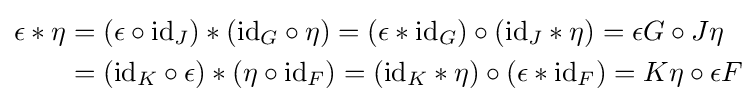
{\begin{aligned}\epsilon *\eta &=(\epsilon \circ \mathrm {id} _{J})*(\mathrm {id} _{G}\circ \eta )=(\epsilon *\mathrm {id} _{G})\circ (\mathrm {id} _{J}*\eta )=\epsilon G\circ J\eta \\&=(\mathrm {id} _{K}\circ \epsilon )*(\eta \circ \mathrm {id} _{F})=(\mathrm {id} _{K}*\eta )\circ (\epsilon *\mathrm {id} _{F})=K\eta \circ \epsilon F\end{aligned}}